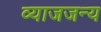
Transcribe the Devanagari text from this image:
व्याजजन्य